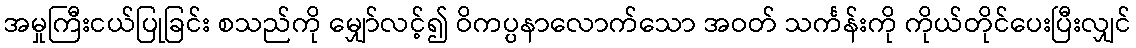
အမှုကြီးငယ်ပြုခြင်း စသည်ကို မျှော်လင့်၍ ဝိကပ္ပနာလောက်သော အဝတ် သင်္ကန်းကို ကိုယ်တိုင်ပေးပြီးလျှင်